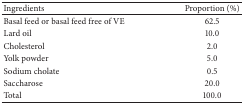
| Ingredients | Proportion (%) |
 | --- | --- |
 | Basal feed or basal feed free of VE | 62.5 |
 | Lard oil | 10.0 |
 | Cholesterol | 2.0 |
 | Yolk powder | 5.0 |
 | Sodium cholate | 0.5 |
 | Saccharose | 20.0 |
 | Total | 100.0 |